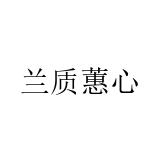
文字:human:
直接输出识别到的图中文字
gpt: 兰质蕙心